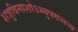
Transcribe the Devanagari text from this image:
शत्रुविनाशोऽभ्युपगन्तव्य